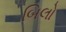
બિલો